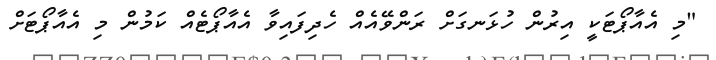
"މި އެއާޕޯޓަކީ އިރުން ހުޅަނގަށް ރަންވޭއެއް ހެދިފައިވާ އެއާޕޯޓެއް ކަމުން މި އެއާޕޯޓަށް